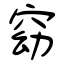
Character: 窈